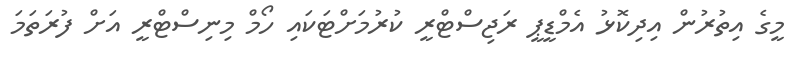
މީގެ އިތުރުން އިދިކޮޅު އެމްޑީޕީ ރަޖިސްޓްރީ ކުރުމަށްޓަކައި ހޯމް މިނިސްޓްރީ އަށް ފުރަތަމަ